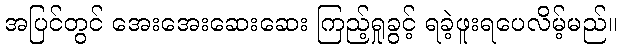
အပြင်တွင် အေးအေးဆေးဆေး ကြည့်ရှုခွင့် ရခဲ့ဖူးရပေလိမ့်မည်။